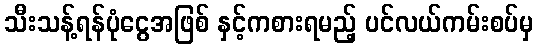
သီးသန့်ရန်ပုံငွေအဖြစ် နှင့်ကစားရမည့် ပင်လယ်ကမ်းစပ်မှ